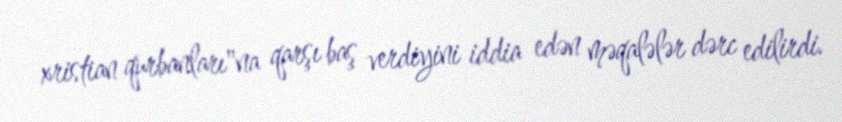
xristian qurbanları"na qarşı baş verdiyini iddia edən məqalələr dərc edilirdi.